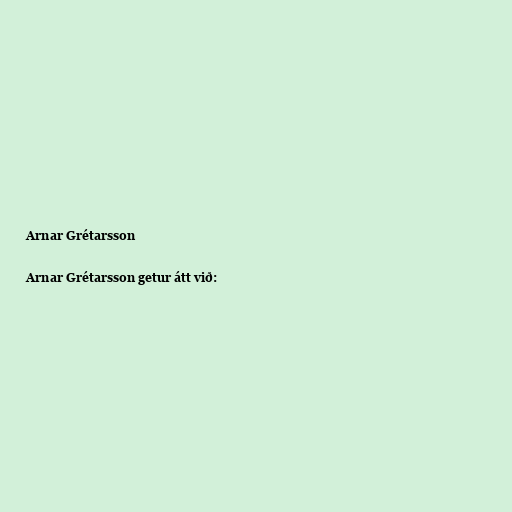
Arnar Grétarsson

Arnar Grétarsson getur átt við: